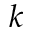
k